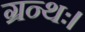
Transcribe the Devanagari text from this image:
ग्रन्थः।